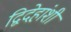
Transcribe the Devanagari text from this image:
द्विदेहांशी